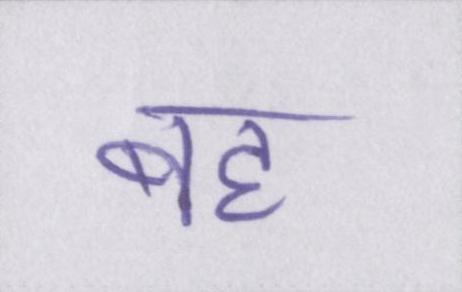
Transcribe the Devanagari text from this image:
बह